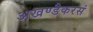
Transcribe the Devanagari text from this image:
अखण्डैकरसं